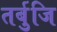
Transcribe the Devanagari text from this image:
तर्बुजि